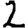
Digit: 2